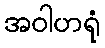
အဝါဟရုံ